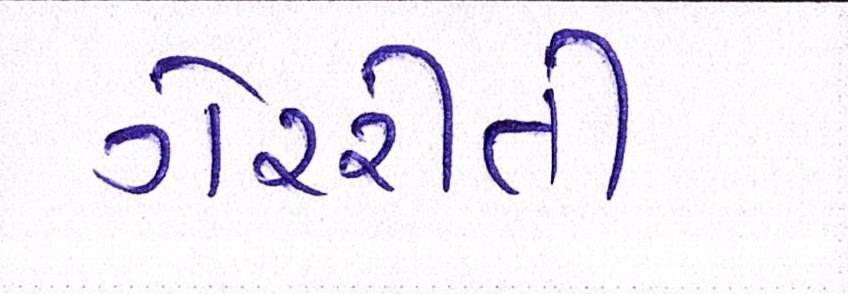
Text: ગેરરીતી